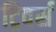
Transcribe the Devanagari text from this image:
ट्रिवर्स